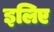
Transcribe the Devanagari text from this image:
इलिए